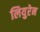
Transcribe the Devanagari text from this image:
लियुरेन